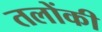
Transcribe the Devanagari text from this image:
तलोंकी